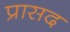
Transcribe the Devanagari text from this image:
प्रासद